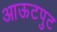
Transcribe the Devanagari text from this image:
आऊटपुट